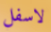
لاسفل